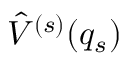
\hat { V } ^ { ( s ) } ( q _ { s } )